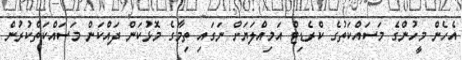
އެހެން މީހުންގެ މަސައްކަތުގެ ކްރެޑިޓް އަމިއްލަޔަށް ނަގައި ތިމާގެ މޮޅުކަން ދައްކަން މަސައްކަތްކުރުން